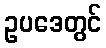
ဥပဒေတွင်